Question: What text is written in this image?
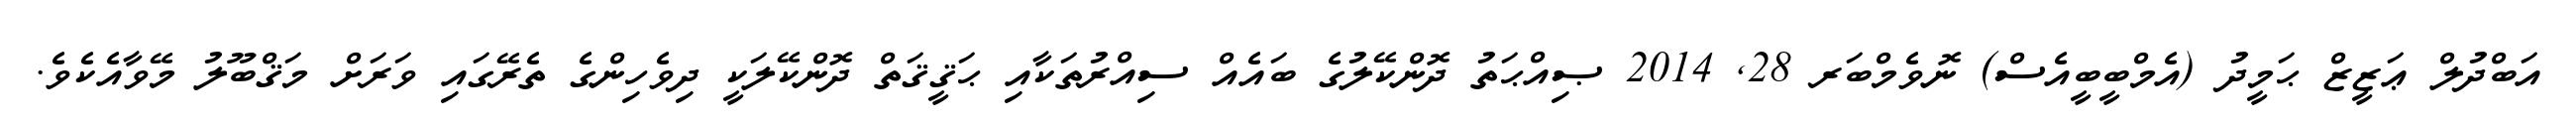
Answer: އަބްދުލް ޢަޒީޒް ޙަމީދު (އެމްބީބީއެސް) ނޮވެމްބަރ 28, 2014 ޞިއްޙަތު ދޮންކޭލުގެ ބައެއް ސިއްރުތަކާއި ޙަޤީޤަތް ދޮންކޭލަކީ ދިވެހިންގެ ތެރޭގައި ވަރަށް މަޤްބޫލު މޭވާއެކެވެ.